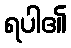
ရပါ၏